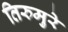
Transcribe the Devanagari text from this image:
तिरुमुरे